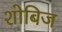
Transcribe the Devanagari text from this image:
शोबिज